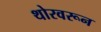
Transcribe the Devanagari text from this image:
थोरवरून